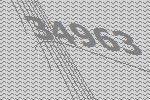
34963